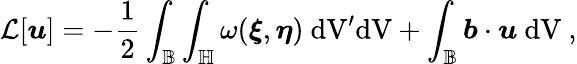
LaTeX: \mathcal{L}[\boldsymbol{u}]=-\frac{1}{2}\int_{\mathbb{B}}\int_{\mathbb{H}}\omega(\boldsymbol{\xi},\boldsymbol{\eta})\ \textup{dV}^{\prime}\textup{dV}+\int_{\mathbb{B}}\boldsymbol{b}\cdot\boldsymbol{u}\ \textup{dV}\ ,